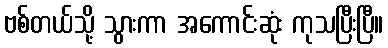
ဗစ်တယ်သို့ သွားကာ အကောင်းဆုံး ကုသပြီးပြီ။